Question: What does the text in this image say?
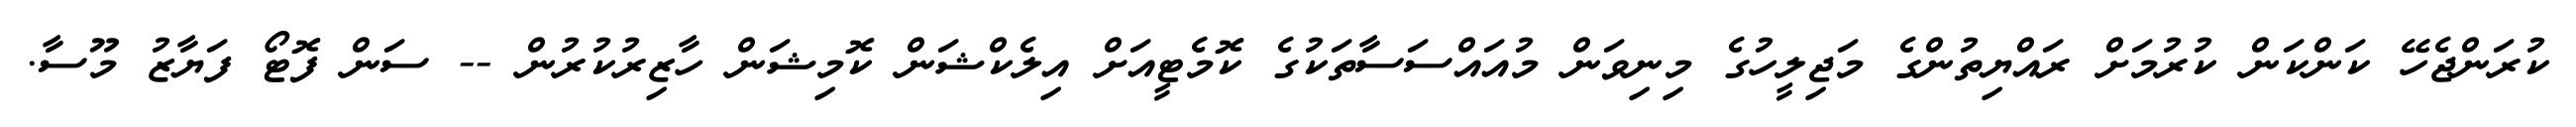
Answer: ކުރަންޖެހޭ ކަންކަން ކުރުމަށް ރައްޔިތުންގެ މަޖިލީހުގެ މިނިވަން މުއައްސަސާތަކުގެ ކޮމެޓީއަށް އިލެކްޝަން ކޮމިޝަން ހާޒިރުކުރުން -- ސަން ފޮޓޯ ފަޔާޒު މޫސާ.